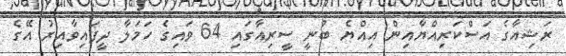
ރަޝިއާގެ އަސްކަރިއްޔާއިން އިއްޔެ ބުނީ ސީރިއާގައި 64 ވައިގެ ހަމަލާ ދީފައިވާއިރު އޭގެ